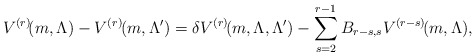
\begin{align*}V^{(r)}\hspace{-.07cm}(m,\Lambda)-V^{(r)}\hspace{-.12cm}\left(m,\Lambda^{\prime}\right)={\delta V^{(r)}\hspace{-.07cm}(m,\Lambda,\Lambda^{\prime})-\sum_{s=2}^{r-1}B_{r-s,s}V^{(r-s)}\hspace{-.07cm}(m,\Lambda)},\end{align*}